Civil Veterinary Dept. Bombay admin report 1914-1922 - 1914-1922
Year: 1914
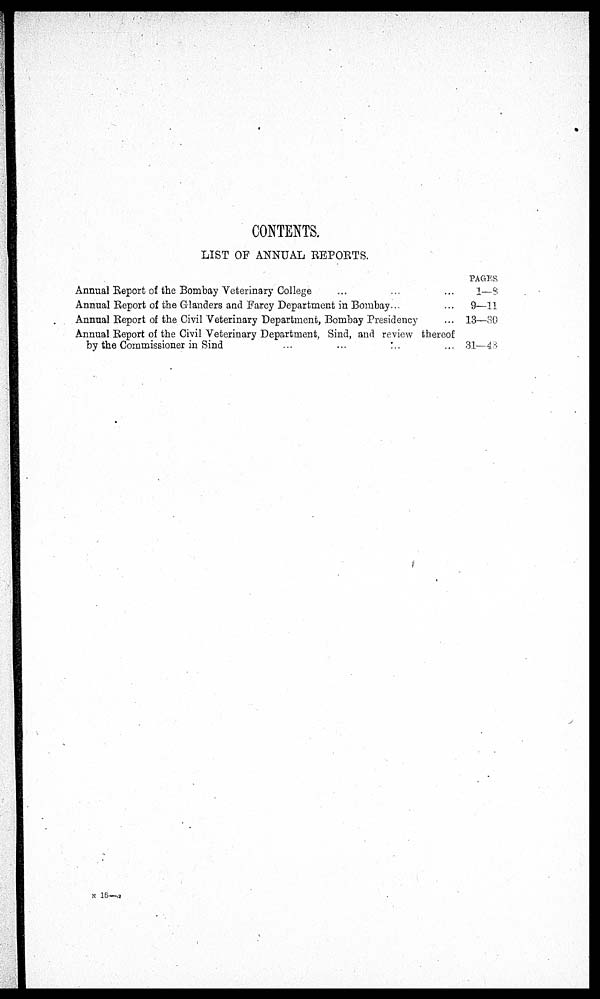
CONTENTS.
LIST OF ANNUAL REPORTS.
Annual Report of theBombay Veterinary College ... ... ...
Annual Report of theGlanders and Farcy Department in Bombay ... ...
Annual Report of theCivil Veterinary Department, Bombay Presidency ...
Annual Report of theCivil Veterinary Department, Sind, and review thereof
by the Commissioner in Sind
...
...
... ...
PAGES
1—8
9—11
13—80
31—48
N 16—a